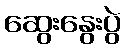
ဆွေးနွေးပွဲ